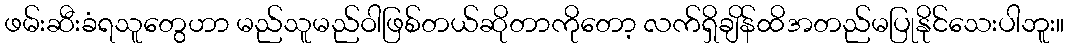
ဖမ်းဆီးခံရသူတွေဟာ မည်သူမည်ဝါဖြစ်တယ်ဆိုတာကိုတော့ လက်ရှိချိန်ထိအတည်မပြုနိုင်သေးပါဘူး။